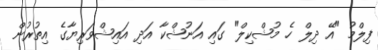
ފިލްމު "އޭ ދިލް ހެ މުޝްކިލް" ގައި އަނުޝްކާ އަދި އައިޝްވަރިޔާގެ އިތުރުން